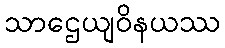
သာဌေယျဝိနယဿ